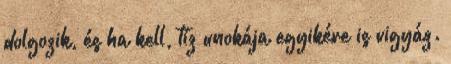
dolgozik, és ha kell, tíz unokája egyikére is vigyáz.